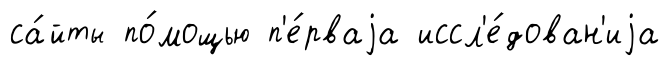
са́йты по́мощью п'е́рваjа иссл'е́дован'иjа